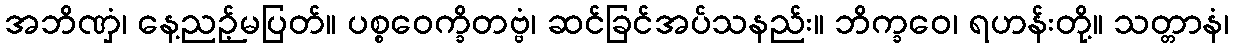
အဘိဏှံ၊ နေ့ညဉ့်မပြတ်။ ပစ္စဝေက္ခိတဗ္ဗံ၊ ဆင်ခြင်အပ်သနည်း။ ဘိက္ခဝေ၊ ရဟန်းတို့။ သတ္တာနံ၊